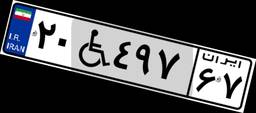
۲۰W۴۹۷۶۷